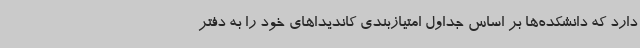
دارد که دانشکده‌ها بر اساس جداول امتیازبندی کاندیداهای خود را به دفتر